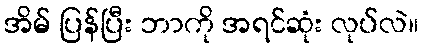
အိမ် ပြန်ပြီး ဘာကို အရင်ဆုံး လုပ်လဲ။